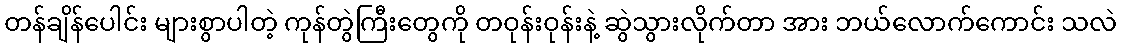
တန်ချိန်ပေါင်း များစွာပါတဲ့ ကုန်တွဲကြီးတွေကို တဝုန်းဝုန်းနဲ့ ဆွဲသွားလိုက်တာ အား ဘယ်လောက်ကောင်း သလဲ